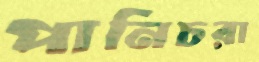
পানিচরা